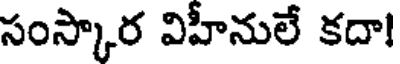
సంస్కార విహీనులే కదా!